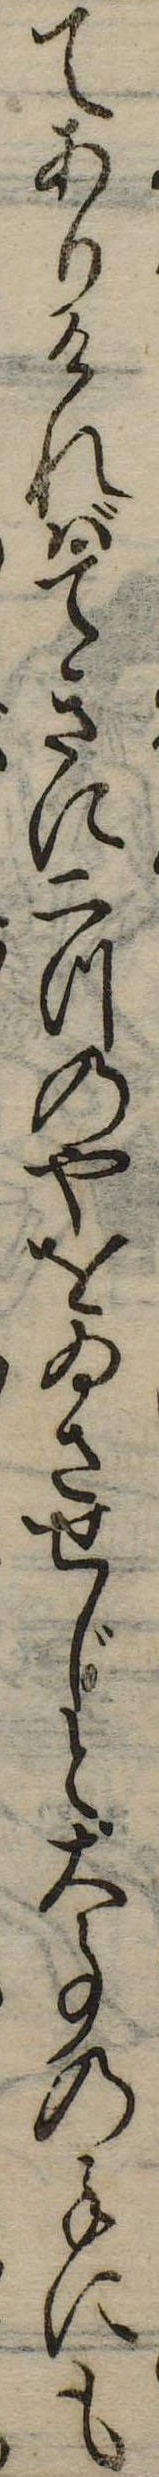
てありければてきに二つのやをゐさせじと大事の子にも